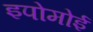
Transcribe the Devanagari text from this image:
इपोमोई